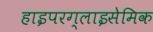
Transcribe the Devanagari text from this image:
हाइपरग्लाइसेमिक